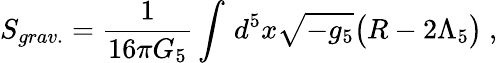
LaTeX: S_{grav.}=\frac{1}{16\pi G_{5}}\int\, d^{5}x\sqrt{-g_{5}}\big(R-2\Lambda_{5}\big)\ ,